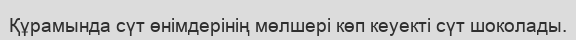
Құрамында сүт өнімдерінің мөлшері көп кеуекті сүт шоколады.